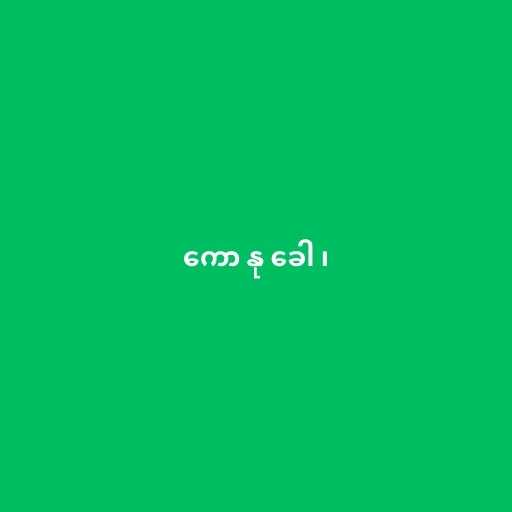
ကော နု ခေါ ၊